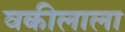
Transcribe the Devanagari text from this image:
वकीलाला